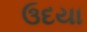
ઉદયા